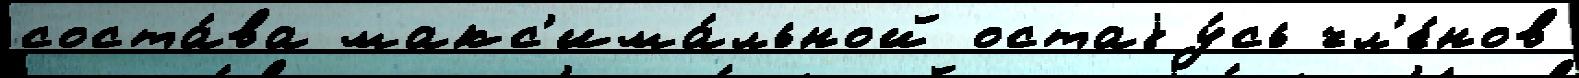
соста́ва макс'има́льной остаjу́сь чл'е́нов